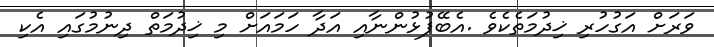
ވަރަށް އަގުހުރި ޚިދުމަތެކެވެ .އެބޭފުޅުންނާއި އަދާ ހަމައަށް މި ޚިދުމަތް ދިނުމުގައި އެކި